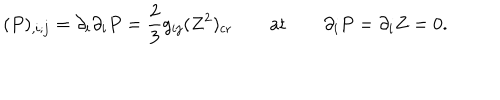
LaTeX: ( P ) _ { , i ; j } = \partial _ { i } \partial _ { i } P = { \frac { 2 } { 3 } } g _ { i j } ( Z ^ { 2 } ) _ { \mathrm { c r } } \qquad \mathrm { a t } \qquad \partial _ { i } P = \partial _ { i } Z = 0 .